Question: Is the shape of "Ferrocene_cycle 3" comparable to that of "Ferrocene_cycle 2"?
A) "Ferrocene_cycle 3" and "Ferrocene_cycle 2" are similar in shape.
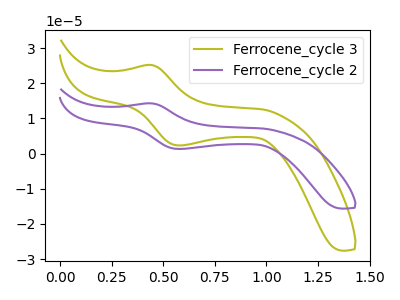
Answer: <think>The olive curve "Ferrocene_cycle 3" has an anodic peak at (0.45V, 25.15uA) and a cathodic peak at (0.60V, 2.30uA). The purple curve "Ferrocene_cycle 2" has an anodic peak at (0.45V, 14.25uA) and a cathodic peak at (0.60V, 1.30uA).
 All the peaks in "Ferrocene_cycle 3" have a peak in "Ferrocene_cycle 2" at the same potential.</think>
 <answer>A) "Ferrocene_cycle 3" and "Ferrocene_cycle 2" are similar in shape.</answer>
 <eval>A</eval>